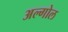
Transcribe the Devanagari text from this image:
अल्गोल